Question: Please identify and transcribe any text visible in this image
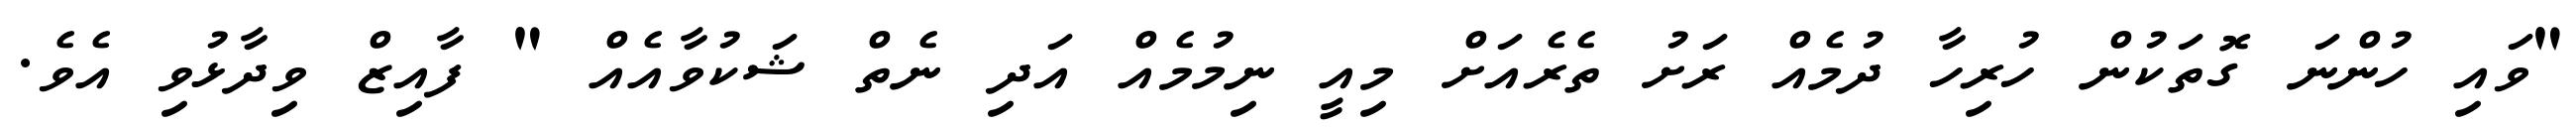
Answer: "ވައި ހުންނަ ގޮތަކުން ހުރިހާ ދުމެއް ރަށު ތެރެއަށް މިއީ ނިމުމެއް އަދި ނެތް ޝަކުވާއެއް " ފާއިޒް ވިދާޅުވި އެވެ.